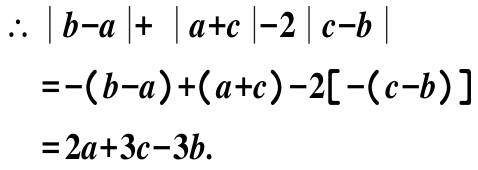
\[

\begin{align*}

\therefore\ &|b - a|+|a + c|-2|c - b|\\

=&-(b - a)+(a + c)-2[-(c - b)]\\

=&2a + 3c-3b.

\end{align*}

\]